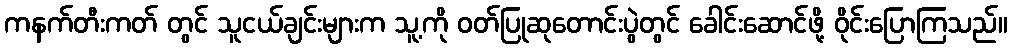
ကနက်တီးကတ် တွင် သူငယ်ချင်းများက သူ့ကို ဝတ်ပြုဆုတောင်းပွဲတွင် ခေါင်းဆောင်ဖို့ ဝိုင်းပြောကြသည်။